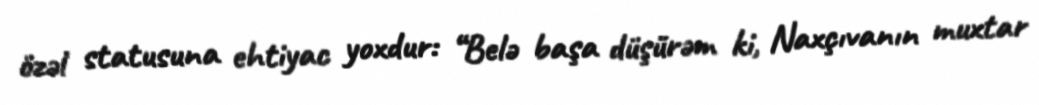
özəl statusuna ehtiyac yoxdur: “Belə başa düşürəm ki, Naxçıvanın muxtar